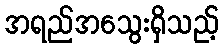
အရည်အသွေးရှိသည့်